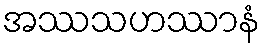
အဿသဟဿာနံ